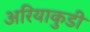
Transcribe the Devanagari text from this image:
अरियाकुडी